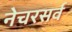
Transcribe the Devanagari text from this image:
नेचरसर्व